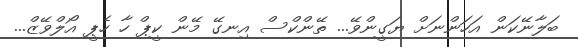
ބަލާނޭކަން އަހަންނަށް ޔަގީންވޭ... ތޭންކްސް އިނގޭ މޭން ކީޕް ހާ ހެޕީ އޯލްވޭޒް...